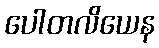
ပေါတလိယေန